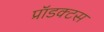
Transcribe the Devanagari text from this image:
प्रॉडक्टस